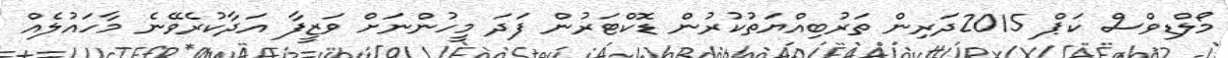
މޯލްޑިވްސް ކަޕް 2015ދަރިން ތަރުބިއްޔަތުކުރުން ޑޮކްޓަރުން ފަދަ މީހުންނަށް ވަޒީފާ އަދާކުރެވޭނެ މާހައުލެއް